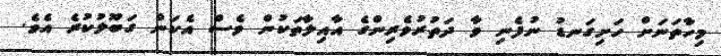
މިހާތަނަށް ހަށިގަނޑު ނުފެނި ވާ ދަތުރުވެރިންގެ އާއިލާތަކުން ވެސް އެކަން ގަބޫލުކުރެ އެވެ.